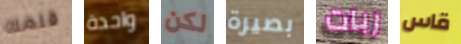
قلمك واحدة لكن بصيرة ربات قاس